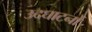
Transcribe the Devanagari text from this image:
उदघाटनों